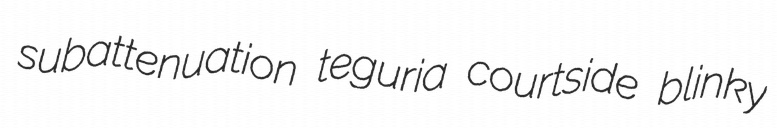
subattenuation teguria courtside blinky